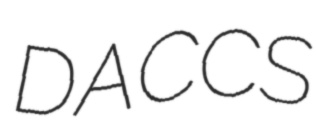
DACCS